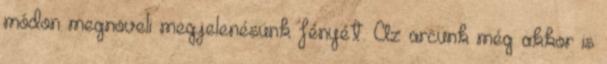
módon megnöveli megjelenésünk fényét. Az arcunk még akkor is